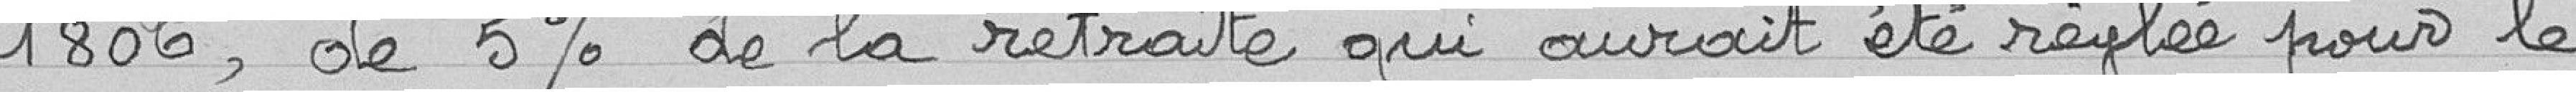
1806, de 5% de la retraite qui aurait été réglée pour le